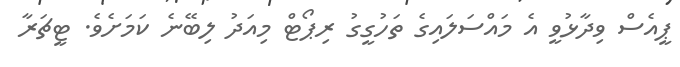
ޕީއެސް ވިދާޅުވީ އެ މައްސަލައިގެ ތަހުގީގު ރިޕޯޓް މިއަދު ލިބޭނެ ކަމަށެވެ. ޓީޗަރާ